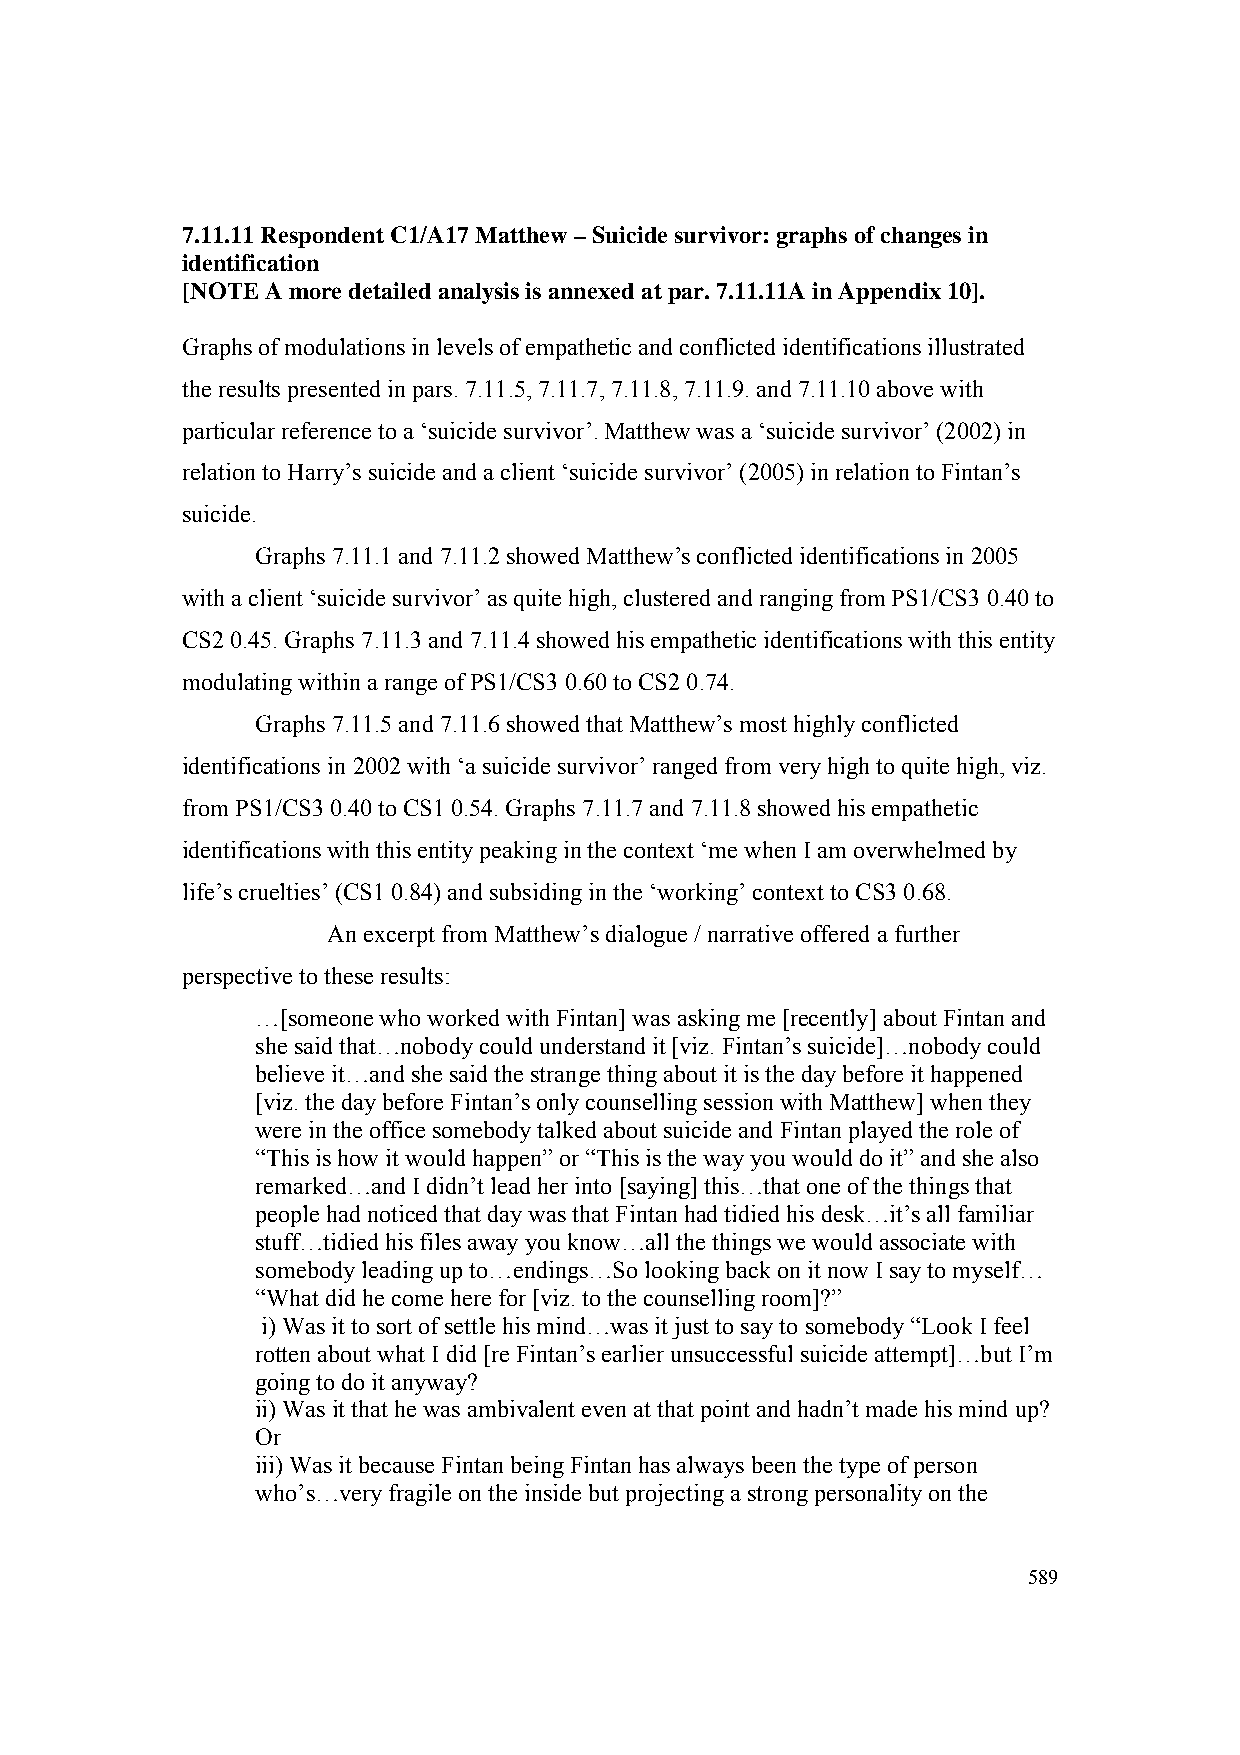
7.11.11 Respondent C1/A17 Matthew – Suicide survivor: graphs of changes in
 identification
 [NOTE A more detailed analysis is annexed at par. 7.11.11A in Appendix 10].
 Graphs of modulations in levels of empathetic and conflicted identifications illustrated
 the results presented in pars. 7.11.5, 7.11.7, 7.11.8, 7.11.9. and 7.11.10 above with
 particular reference to a ‘suicide survivor’. Matthew was a ‘suicide survivor’ (2002) in
 relation to Harry’s suicide and a client ‘suicide survivor’ (2005) in relation to Fintan’s
 suicide.
 Graphs 7.11.1 and 7.11.2 showed Matthew’s conflicted identifications in 2005
 with a client ‘suicide survivor’ as quite high, clustered and ranging from PS1/CS3 0.40 to
 CS2 0.45. Graphs 7.11.3 and 7.11.4 showed his empathetic identifications with this entity
 modulating within a range of PS1/CS3 0.60 to CS2 0.74.
 Graphs 7.11.5 and 7.11.6 showed that Matthew’s most highly conflicted
 identifications in 2002 with ‘a suicide survivor’ ranged from very high to quite high, viz.
 from PS1/CS3 0.40 to CS1 0.54. Graphs 7.11.7 and 7.11.8 showed his empathetic
 identifications with this entity peaking in the context ‘me when I am overwhelmed by
 life’s cruelties’ (CS1 0.84) and subsiding in the ‘working’ context to CS3 0.68.
 An excerpt from Matthew’s dialogue / narrative offered a further
 perspective to these results:
 …[someone who worked with Fintan] was asking me [recently] about Fintan and
 she said that…nobody could understand it [viz. Fintan’s suicide]…nobody could
 believe it…and she said the strange thing about it is the day before it happened
 [viz. the day before Fintan’s only counselling session with Matthew] when they
 were in the office somebody talked about suicide and Fintan played the role of
 “This is how it would happen” or “This is the way you would do it” and she also
 remarked…and I didn’t lead her into [saying] this…that one of the things that
 people had noticed that day was that Fintan had tidied his desk…it’s all familiar
 stuff…tidied his files away you know…all the things we would associate with
 somebody leading up to…endings…So looking back on it now I say to myself…
 “What did he come here for [viz. to the counselling room]?”
 i) Was it to sort of settle his mind…was it just to say to somebody “Look I feel
 rotten about what I did [re Fintan’s earlier unsuccessful suicide attempt]…but I’m
 going to do it anyway?
 ii) Was it that he was ambivalent even at that point and hadn’t made his mind up?
 Or
 iii) Was it because Fintan being Fintan has always been the type of person
 who’s…very fragile on the inside but projecting a strong personality on the
 589